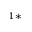
^ { 1 * }